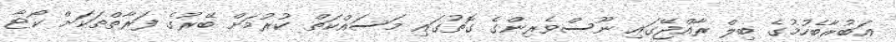
އަބުރާބެހުމުގެ ބިލް ރާއްޖޭގައި ނޫސްވެރިންގެ ގޮތުގައި މަސައްކަތް ކުރުމަށް ބޭރުގެ ފަރާތްތަކަށް ކޯޓާ